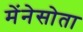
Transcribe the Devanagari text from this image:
मेंनेसोता